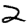
Digit: 2